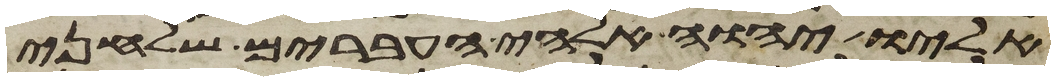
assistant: אליו יהוה אלהי העברים שלחני